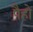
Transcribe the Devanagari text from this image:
पैहो